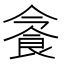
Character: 𩚜